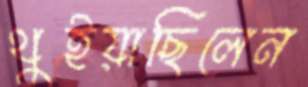
থুইয়াছিলেন